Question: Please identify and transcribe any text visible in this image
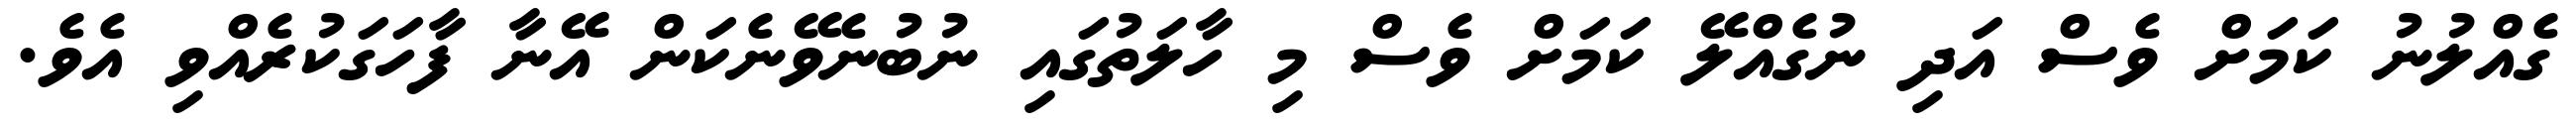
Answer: ގެއްލުނު ކަމަށް ވެސް އަދި ނުގެއްލޭ ކަމަށް ވެސް މި ހާލަތުގައި ނުބުނެވޭނެކަން އޭނާ ފާހަގަކުރެއްވި އެވެ.